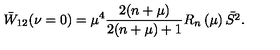
\bar { W } _ { 1 2 } ( \nu = 0 ) = \mu ^ { 4 } \frac { 2 ( n + \mu ) } { 2 ( n + \mu ) + 1 } R _ { n } \left( \mu \right) \bar { S ^ { 2 } } .